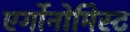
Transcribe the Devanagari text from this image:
एर्गोनोमिस्ट